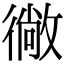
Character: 𭜂